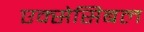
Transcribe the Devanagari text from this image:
एक्सेसिबल